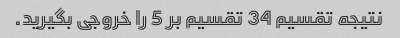
نتیجه تقسیم 34 تقسیم بر 5 را خروجی بگیرید.